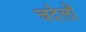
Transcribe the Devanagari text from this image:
चदेलों